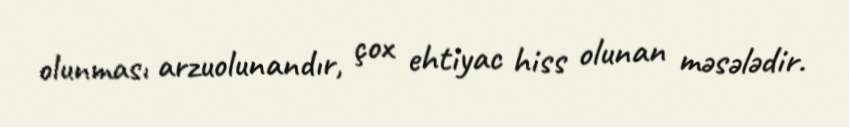
olunması arzuolunandır, çox ehtiyac hiss olunan məsələdir.